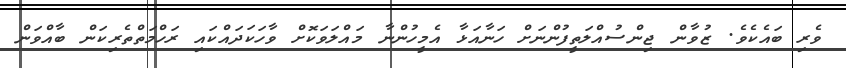
ވެރި ބައެކެވެ. ޒުވާން ޖިންސުއްލަތީފުންނަށް ހަނާއަޅާ އެމީހުންނާ މައްލަވަކޮށް ވާހަކަދައްކައި ރަހްމަތްތެރިކަން ބާއްވަން